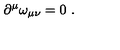
\partial ^ { \mu } \omega _ { \mu \nu } = 0 \ .